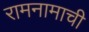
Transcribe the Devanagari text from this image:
रामनामाची